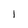
Character: 1